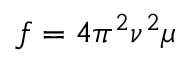
f = 4 \pi ^ { 2 } \nu ^ { 2 } \mu